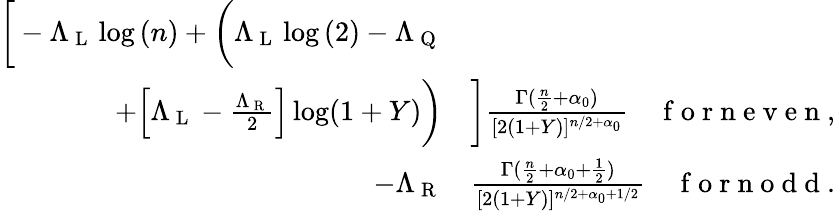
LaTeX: \begin{array}{rl}{\bigg[-\Lambda_{\mathrm{~L~}}\log{(n)}+\bigg(\Lambda_{\mathrm{~L~}}\log{(2)}-\Lambda_{\mathrm{~Q~}}}&{{}}\\ {+\Big[\Lambda_{\mathrm{~L~}}-\frac{\Lambda_{\mathrm{~R~}}}{2}\Big]\log(1+Y)\bigg)}&{{}\bigg]\frac{\Gamma(\frac{n}{2}+\alpha_{0})}{[2(1+Y)]^{n/2+\alpha_{0}}}\quad\mathrm{~f~o~r~n~e~v~e~n~},}\\ {-\Lambda_{\mathrm{~R~}}}&{{}\frac{\Gamma(\frac{n}{2}+{\alpha_{0}+\frac{1}{2}})}{[2(1+Y)]^{n/2+{\alpha_{0}+1/2}}}\quad\mathrm{~f~o~r~n~o~d~d~}.}\end{array}